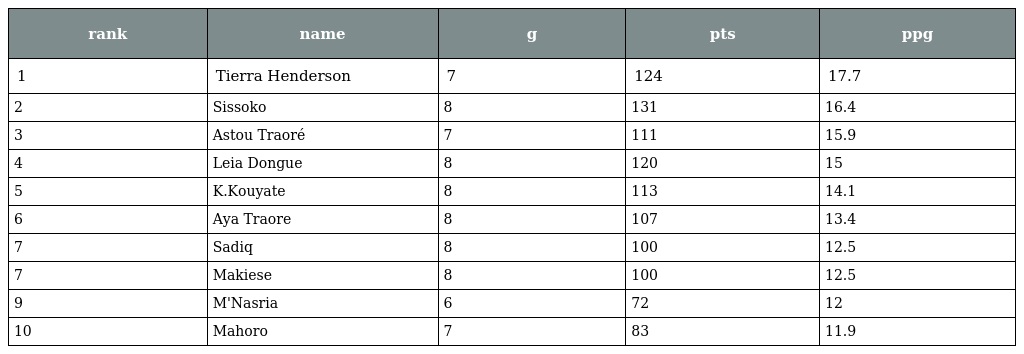
| rank | name | g | pts | ppg |
 | --- | --- | --- | --- | --- |
 | 1 | Tierra Henderson | 7 | 124 | 17.7 |
 | 2 | Sissoko | 8 | 131 | 16.4 |
 | 3 | Astou Traoré | 7 | 111 | 15.9 |
 | 4 | Leia Dongue | 8 | 120 | 15 |
 | 5 | K.Kouyate | 8 | 113 | 14.1 |
 | 6 | Aya Traore | 8 | 107 | 13.4 |
 | 7 | Sadiq | 8 | 100 | 12.5 |
 | 7 | Makiese | 8 | 100 | 12.5 |
 | 9 | M'Nasria | 6 | 72 | 12 |
 | 10 | Mahoro | 7 | 83 | 11.9 |